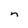
Character: n